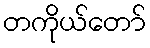
တကိုယ်တော်